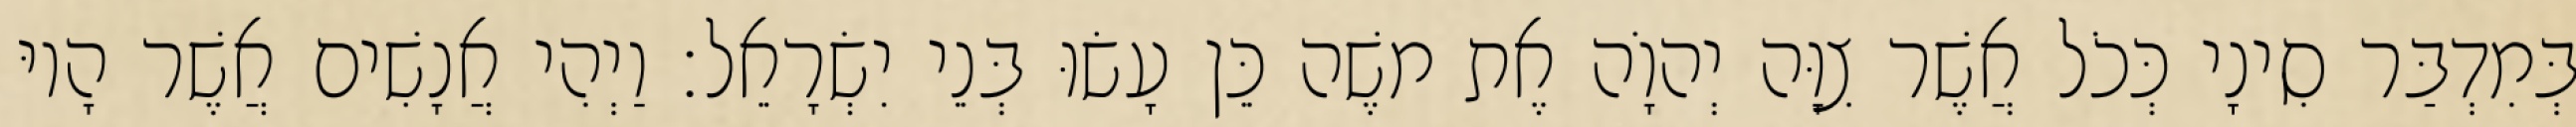
בְּמִדְבַּר סִינָי כְּכֹל אֲשֶׁר צִוָּה יְהוָֹה אֶת משֶׁה כֵּן עָשׂוּ בְּנֵי יִשְׂרָאֵל׃ וַיְהִי אֲנָשִׁים אֲשֶׁר הָיוּ